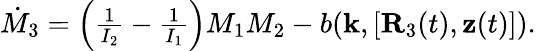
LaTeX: \begin{array}{r}{\dot{M}_{3}=\left(\frac{1}{I_{2}}-\frac{1}{I_{1}}\right)M_{1}M_{2}-b({\mathbf k},[{\mathbf R}_{3}(t),{\mathbf z}(t)]).}\end{array}